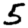
Digit: 5